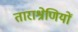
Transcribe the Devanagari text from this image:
ताराश्रेणियों